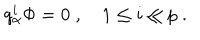
q _ { \alpha } ^ { i } \Phi = 0 \; , \quad 1 \leq i \leq p \; .